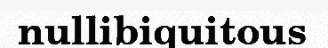
nullibiquitous